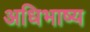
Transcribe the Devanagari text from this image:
अधिभाष्य